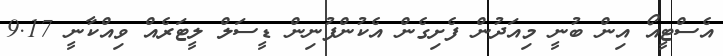
އެސްޓީއޯ އިން ބުނީ މިއަދުން ފެށިގެން އެކުންފުނިން ޑީސަލް ލީޓަރެއް ވިއްކާނީ 9.17